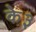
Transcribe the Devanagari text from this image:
के३